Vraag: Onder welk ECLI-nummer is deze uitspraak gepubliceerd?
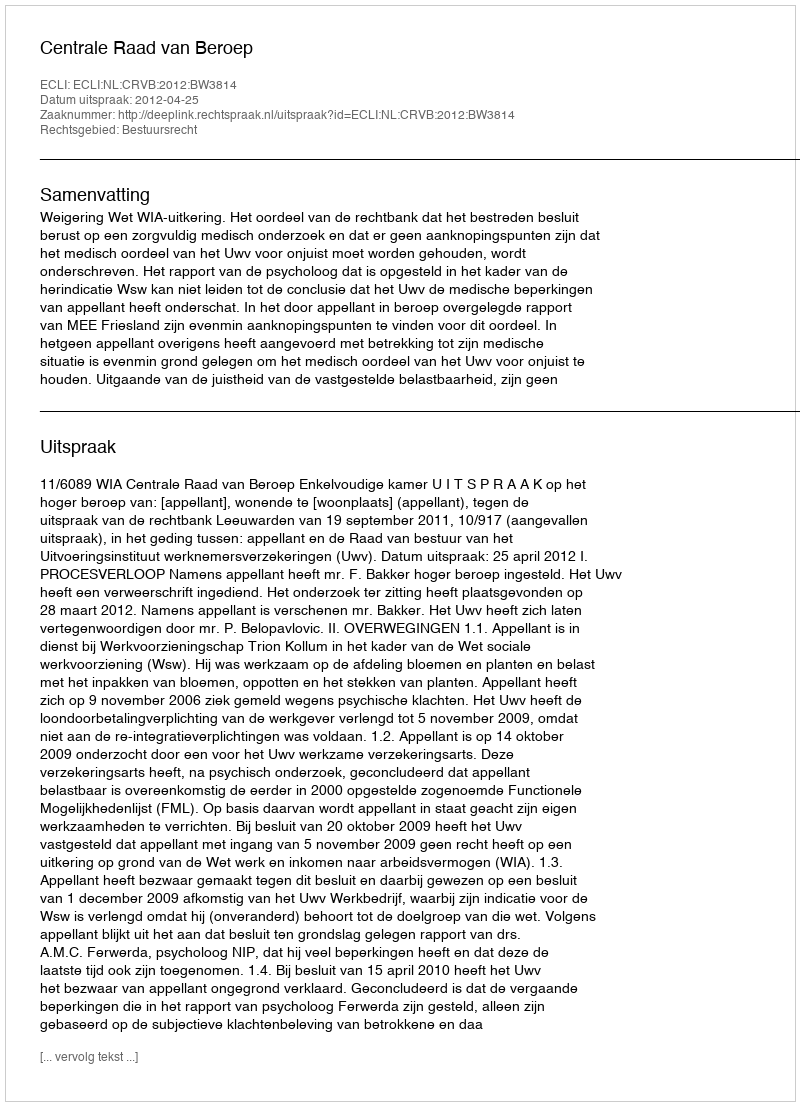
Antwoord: ECLI:NL:CRVB:2012:BW3814